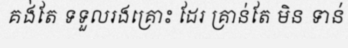
គង់តែ ទទួលរងគ្រោះ ដែរ គ្រាន់តែ មិន ទាន់